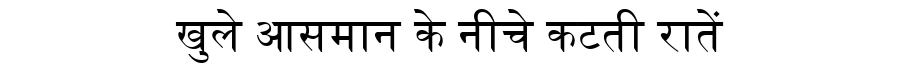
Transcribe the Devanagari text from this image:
खुले आसमान के नीचे कटती रातें